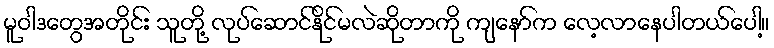
မူဝါဒတွေအတိုင်း သူတို့ လုပ်ဆောင်နိုင်မလဲဆိုတာကို ကျနော်က လေ့လာနေပါတယ်ပေါ့။